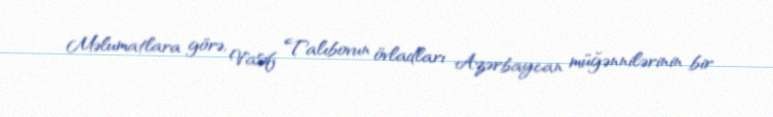
Məlumatlara görə, Vasif Talıbovun övladları Azərbaycan müğənnilərinin bir